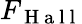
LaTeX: F_{\mathrm{~H~a~l~l~}}